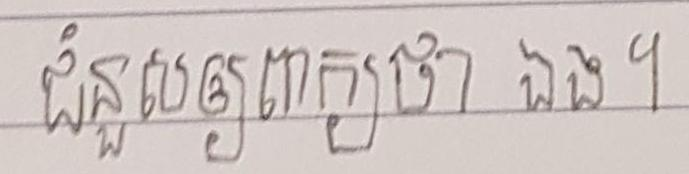
ជំនួសឲ្យពាក្យថា ឯង ។